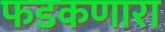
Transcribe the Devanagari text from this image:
फडकणारा